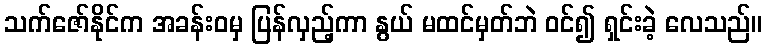
သက်ဇော်နိုင်က အခန်းဝမှ ပြန်လှည့်ကာ နွယ် မထင်မှတ်ဘဲ ဝင်၍ ရှင်းခဲ့ လေသည်။